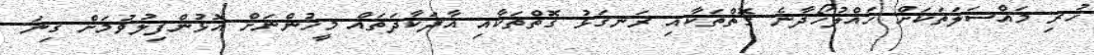
ހުރި މައްސަލަތަކަށް ހައްލުހޯދާނެ ގޮތްތަކާއި ރަނގަޅު ގޮތްތަކާއި އާދަކާދަތައް މީހުންނަށް އޮޅުންފިލުވުމަށް ގިނަ